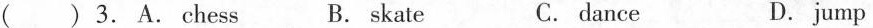
( ) 3. A. chess B. skate C. dance D. jump